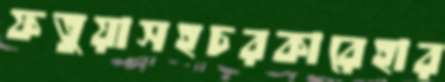
ফতুয়াসহচরকারেহার